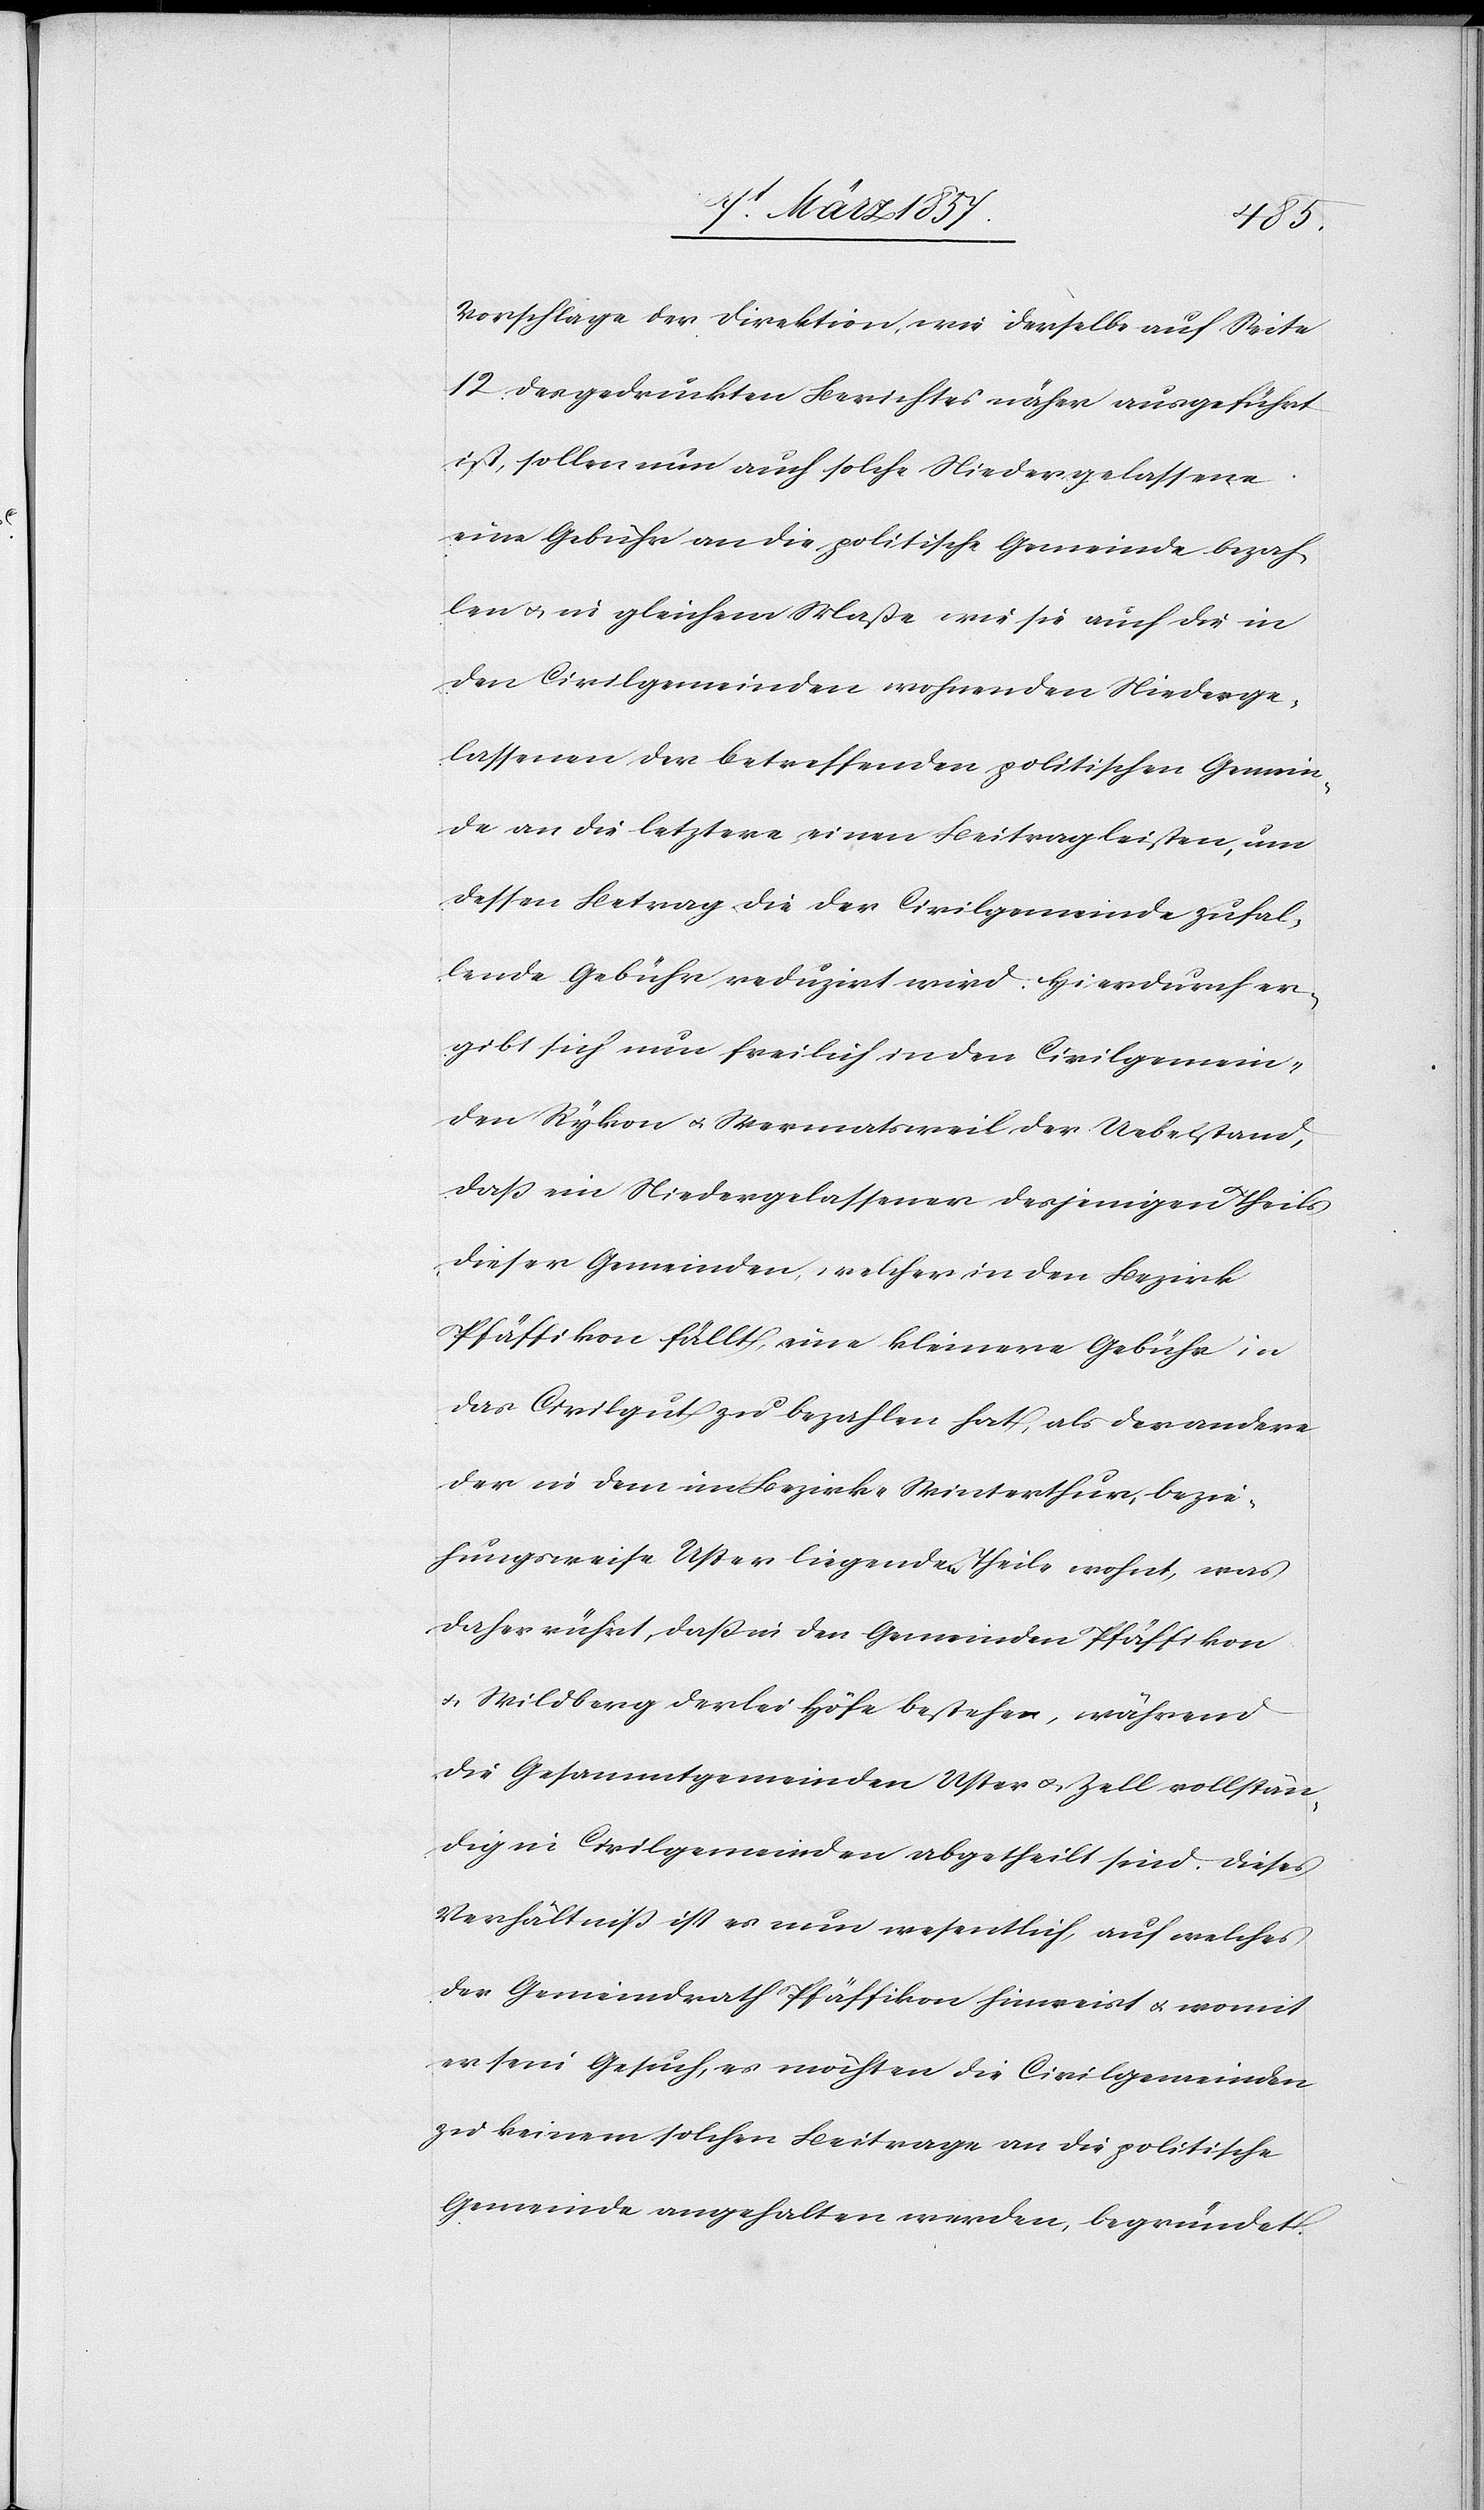
Vorschlage der Direktion, wie derselbe auf Seite
12 des gedruckten Berichtes näher ausgeführt
ist, sollen nun auch solche Niedergelassene
eine Gebühr an die politische Gemeinde bezah¬
len u. in gleichem Maße wie sie auch die in
den Civilgemeinden wohnenden Niederge¬
lassenen der betreffenden politischen Gemein¬
de an die letztere einen Beitrag leisten, um
dessen Betrag die der Civilgemeinde zufal¬
lende Gebühr reduzirt wird. Hierdurch er¬
gibt sich nun freilich in den Civilgemein¬
den Rykon u. Wermatsweil der Uebelstand,
daß ein Niedergelassener desjenigen Theils
dieser Gemeinden, welcher in den Bezirk
Pfäffikon fällt, eine kleinere Gebühr in
das Civilgut zu bezahlen hat, als der andere
der in dem im Bezirke Winterthur, bezie¬
hungsweise Uster liegenden Theile wohnt, was
daher rührt, daß in den Gemeinden Pfäffikon
u. Wildberg derlei Höfe bestehen, während
die Gesammtgemeinden Uster u. Zell vollstän¬
dig in Civilgemeinden abgetheilt sind. Dieses
Verhältniß ist es nun wesentlich, auf welches
der Gemeindrath Pfäffikon hinweist u. womit
er sein Gesuch, es möchten die Civilgemeinden
zu keinem solchen Beitrage an die politische
Gemeinde angehalten werden, begründet.